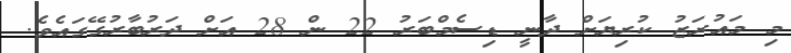
މި މައުރަޒު ކުރިޔަށް ދާނީ ޑިސެމްބަރު 22 ން 28 އަށް ދަރުބާރުގޭގައެވެ.